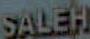
SALEH